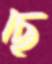
ছে